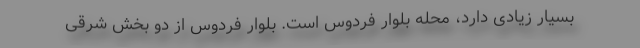
بسیار زیادی دارد، محله بلوار فردوس است. بلوار فردوس از دو بخش شرقی